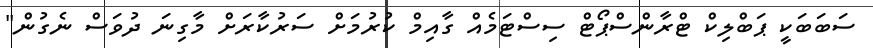
ސަބަބަކީ ޕަބްލިކް ޓްރާންސްޕޯޓް ސިސްޓަމެއް ގާއިމް ކުރުމަށް ސަރުކާރަށް މާގިނަ ދުވަސް ނެގުން"